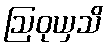
ဩဝုယှသိ